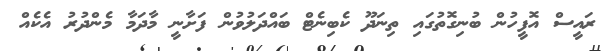
ރައީސް އޮފީހުން ބުނިގޮތުގައި ތިނަދޫ ކެބިނެޓް ބައްދަލުވުން ފަށާނީ މާދަމާ މެންދުރު އެކެއް